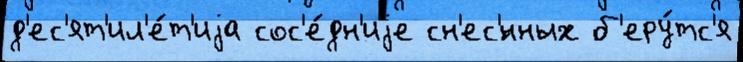
д'ес'ят'ил'е́т'иjа сос'е́дн'иjе сн'ес'́нных б'еру́тс'я